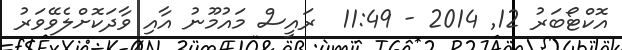
އޮކްޓޯބަރު 12